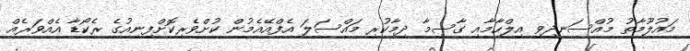
މައުލޫމާތު މުއްސަނދިވި އިލްހާމާއި ގާސިމާ ދިމާކުރި މައްސަލަ އެފްއޭއެމުން ކުށްވެރިކޮށްފިނިއުގެ ރެކޯޑާ އެއްވަރެއް